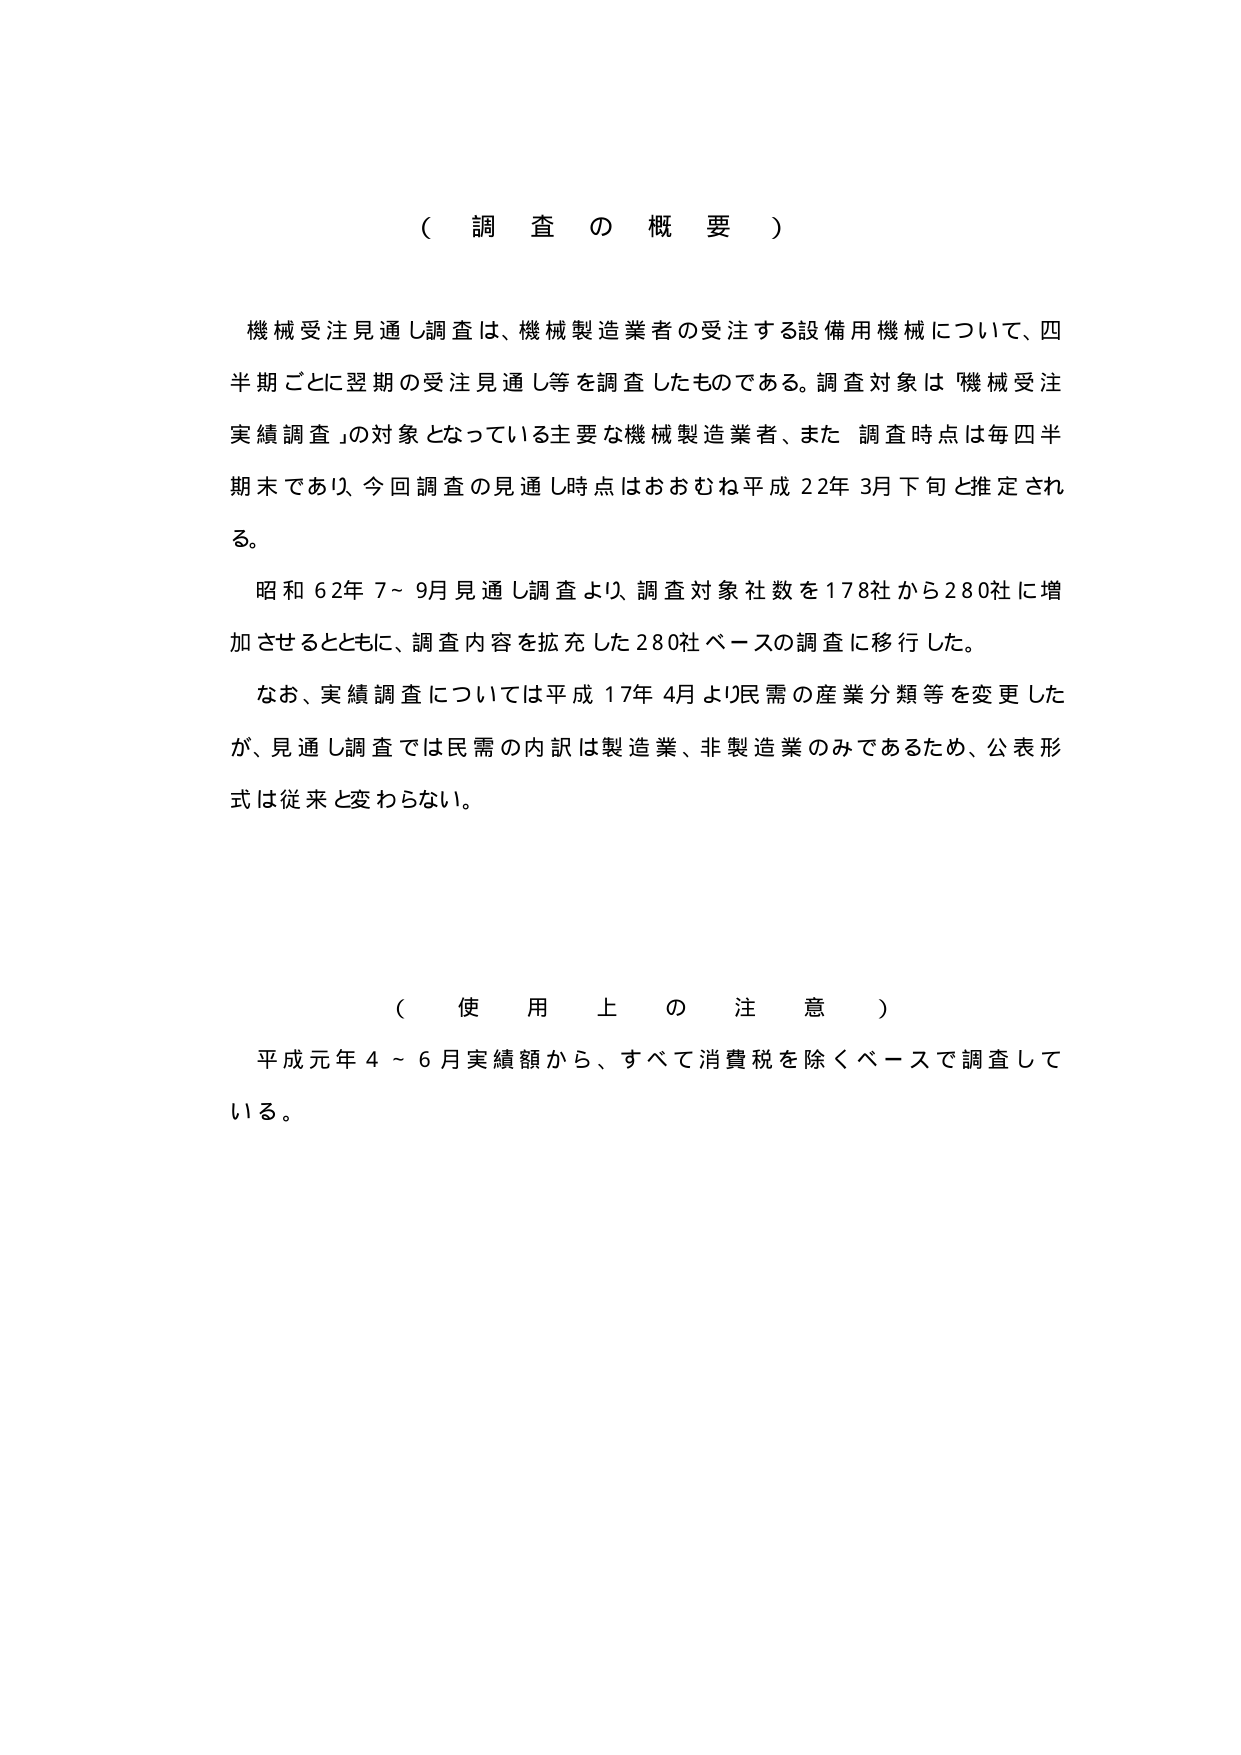
（ 調 査 の 概 要 ）

機械受注見通し調査は、機械製造業者の受注する設備用機械について、四半期ごとに翌期の受注見通し等を調査したものである。調査対象は「機械受注実績調査」の対象となっている主要な機械製造業者、また調査時点は毎四半期末であり、今回調査の見通し時点はおおむね平成22年3月下旬と推定される。

昭和62年7～9月見通し調査より、調査対象社数を178社から280社に増加させるとともに、調査内容を拡充した280社ベースの調査に移行した。

なお、実績調査については平成17年4月より民需の産業分類等を変更したが、見通し調査では民需の内訳は製造業、非製造業のみであるため、公表形式は従来と変わらない。

（ 使 用 上 の 注 意 ）

平成元年4～6月実績額から、すべて消費税を除くベースで調査している。